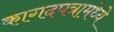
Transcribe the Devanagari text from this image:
कागदपत्रामंध्ये